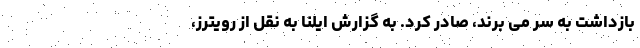
بازداشت به سر می برند، صادر کرد. به گزارش ایلنا به نقل از رویترز،